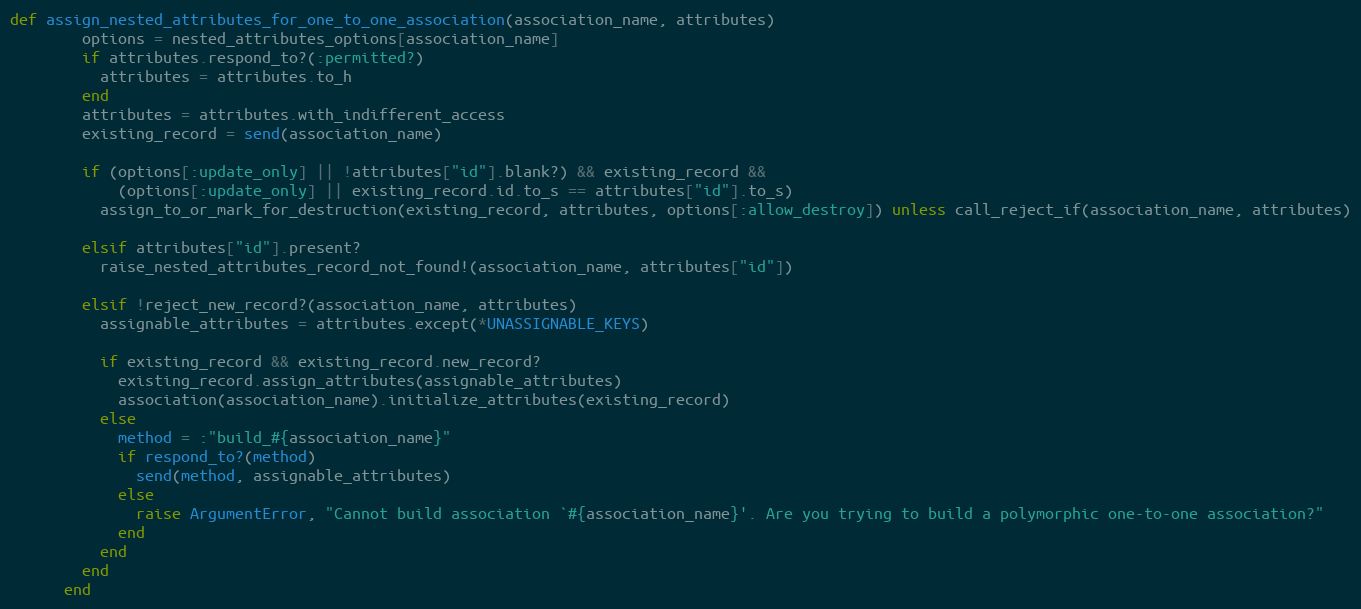
Language: Ruby
def assign_nested_attributes_for_one_to_one_association(association_name, attributes)
        options = nested_attributes_options[association_name]
        if attributes.respond_to?(:permitted?)
          attributes = attributes.to_h
        end
        attributes = attributes.with_indifferent_access
        existing_record = send(association_name)

        if (options[:update_only] || !attributes["id"].blank?) && existing_record &&
            (options[:update_only] || existing_record.id.to_s == attributes["id"].to_s)
          assign_to_or_mark_for_destruction(existing_record, attributes, options[:allow_destroy]) unless call_reject_if(association_name, attributes)

        elsif attributes["id"].present?
          raise_nested_attributes_record_not_found!(association_name, attributes["id"])

        elsif !reject_new_record?(association_name, attributes)
          assignable_attributes = attributes.except(*UNASSIGNABLE_KEYS)

          if existing_record && existing_record.new_record?
            existing_record.assign_attributes(assignable_attributes)
            association(association_name).initialize_attributes(existing_record)
          else
            method = :"build_#{association_name}"
            if respond_to?(method)
              send(method, assignable_attributes)
            else
              raise ArgumentError, "Cannot build association `#{association_name}'. Are you trying to build a polymorphic one-to-one association?"
            end
          end
        end
      end